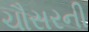
ચૌસરની